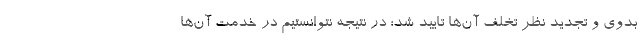
بدوی و تجدید نظر تخلف آن‌ها تایید شد؛ در نتیجه نتوانستیم در خدمت آن‌ها